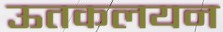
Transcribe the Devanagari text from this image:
ऊतकलयन